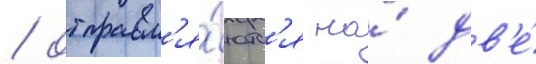
/ отправл'я́ютс'я на́ дв'е́